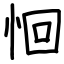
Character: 恛